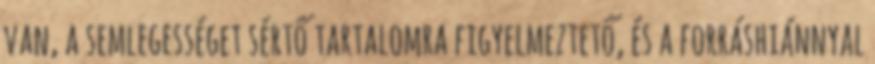
van, a semlegességet sértő tartalomra figyelmeztető, és a forráshiánnyal